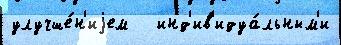
улучше́н'иjем   инд'ив'идуа́льным'и